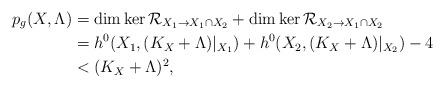
LaTeX: \begin{align*} p_g(X,\Lambda)&=\dim\ker \mathcal{R}_{X_1\to X_1\cap X_2}+\dim \ker \mathcal{R}_{X_2\to X_1\cap X_2}\\ &=h^0(X_1,(K_X+\Lambda)|_{X_1})+h^0(X_2,(K_X+\Lambda)|_{X_2})-4\\ &< (K_X+\Lambda)^2, \end{align*}